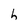
Character: h